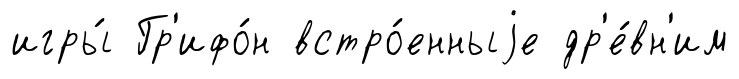
игры́ Гр'ифо́н встро́енныjе др'е́вн'им